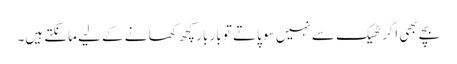
بچے بھی اگر ٹھیک سے نہیں سو پاتے تو بار بار کچھ کھانے کے لیے مانگتے ہیں۔